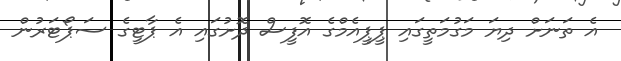
އެ ތަނަށް ދިޔަ މަގުމަތީގައި ޕީޕީއެމްގެ އޮފީސް ދޮށުގައި އެ ޕާޓީގެ ސަޕޯޓަރުން